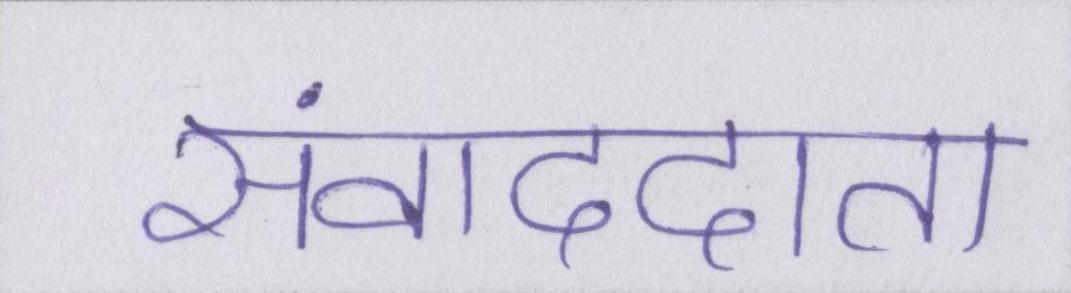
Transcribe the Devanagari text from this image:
संवाददाता